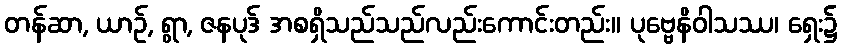
တန်ဆာ, ယာဉ်, ရွာ, ဇနပုဒ် အစရှိသည်သည်လည်းကောင်းတည်း။ ပုဗ္ဗေနိဝါသဿ၊ ရှေး၌